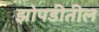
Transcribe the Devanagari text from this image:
झोपडीतील